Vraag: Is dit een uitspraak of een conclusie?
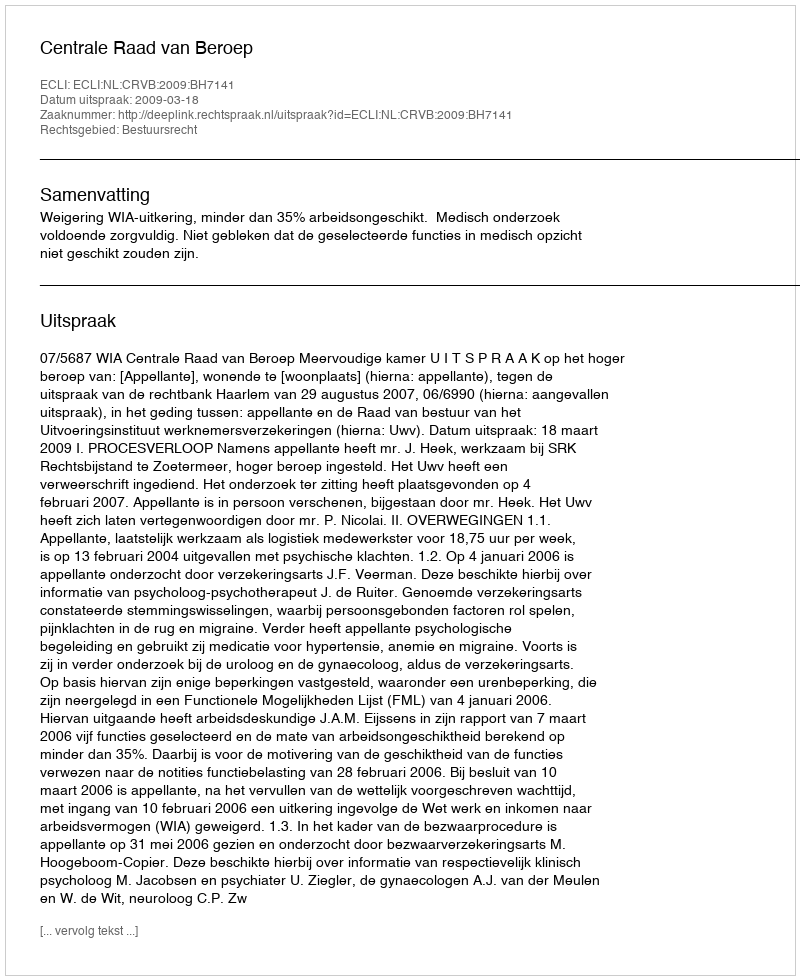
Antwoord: Uitspraak